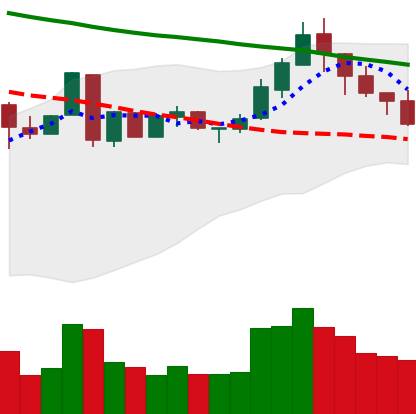
Ticker: LTC-USD
Chart end date: 2018-05-10
Forward return: -6.665%
Label: down_5_7